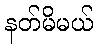
နတ်မိမယ်